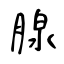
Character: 腺